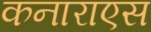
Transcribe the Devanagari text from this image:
कनाराएस